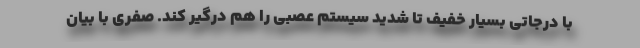
با درجاتی بسیار خفیف تا شدید سیستم عصبی را هم درگیر کند. صفری با بیان